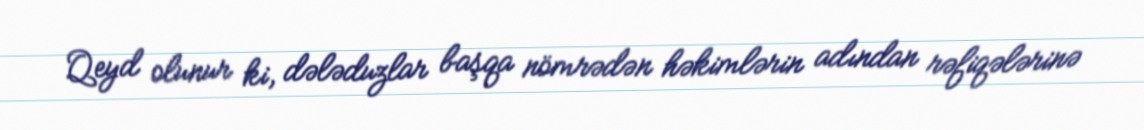
Qeyd olunur ki, dələduzlar başqa nömrədən həkimlərin adından rəfiqələrinə